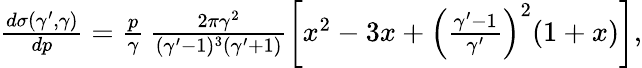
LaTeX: \begin{array}{r}{\frac{d\sigma(\gamma^{\prime},\gamma)}{dp}=\frac{p}{\gamma}\, \frac{2\pi\gamma^{2}}{(\gamma^{\prime}-1)^{3}(\gamma^{\prime}+1)}\left[x^{2}-3x+\left(\frac{\gamma^{\prime}-1}{\gamma^{\prime}}\right)^{2}(1+x)\right],}\end{array}